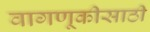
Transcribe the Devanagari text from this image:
वागणूकीसाठी